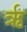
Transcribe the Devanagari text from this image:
र्ऋ